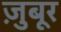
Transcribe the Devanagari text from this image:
ज़ुबूर